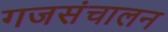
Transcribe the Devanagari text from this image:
गजसंचालन